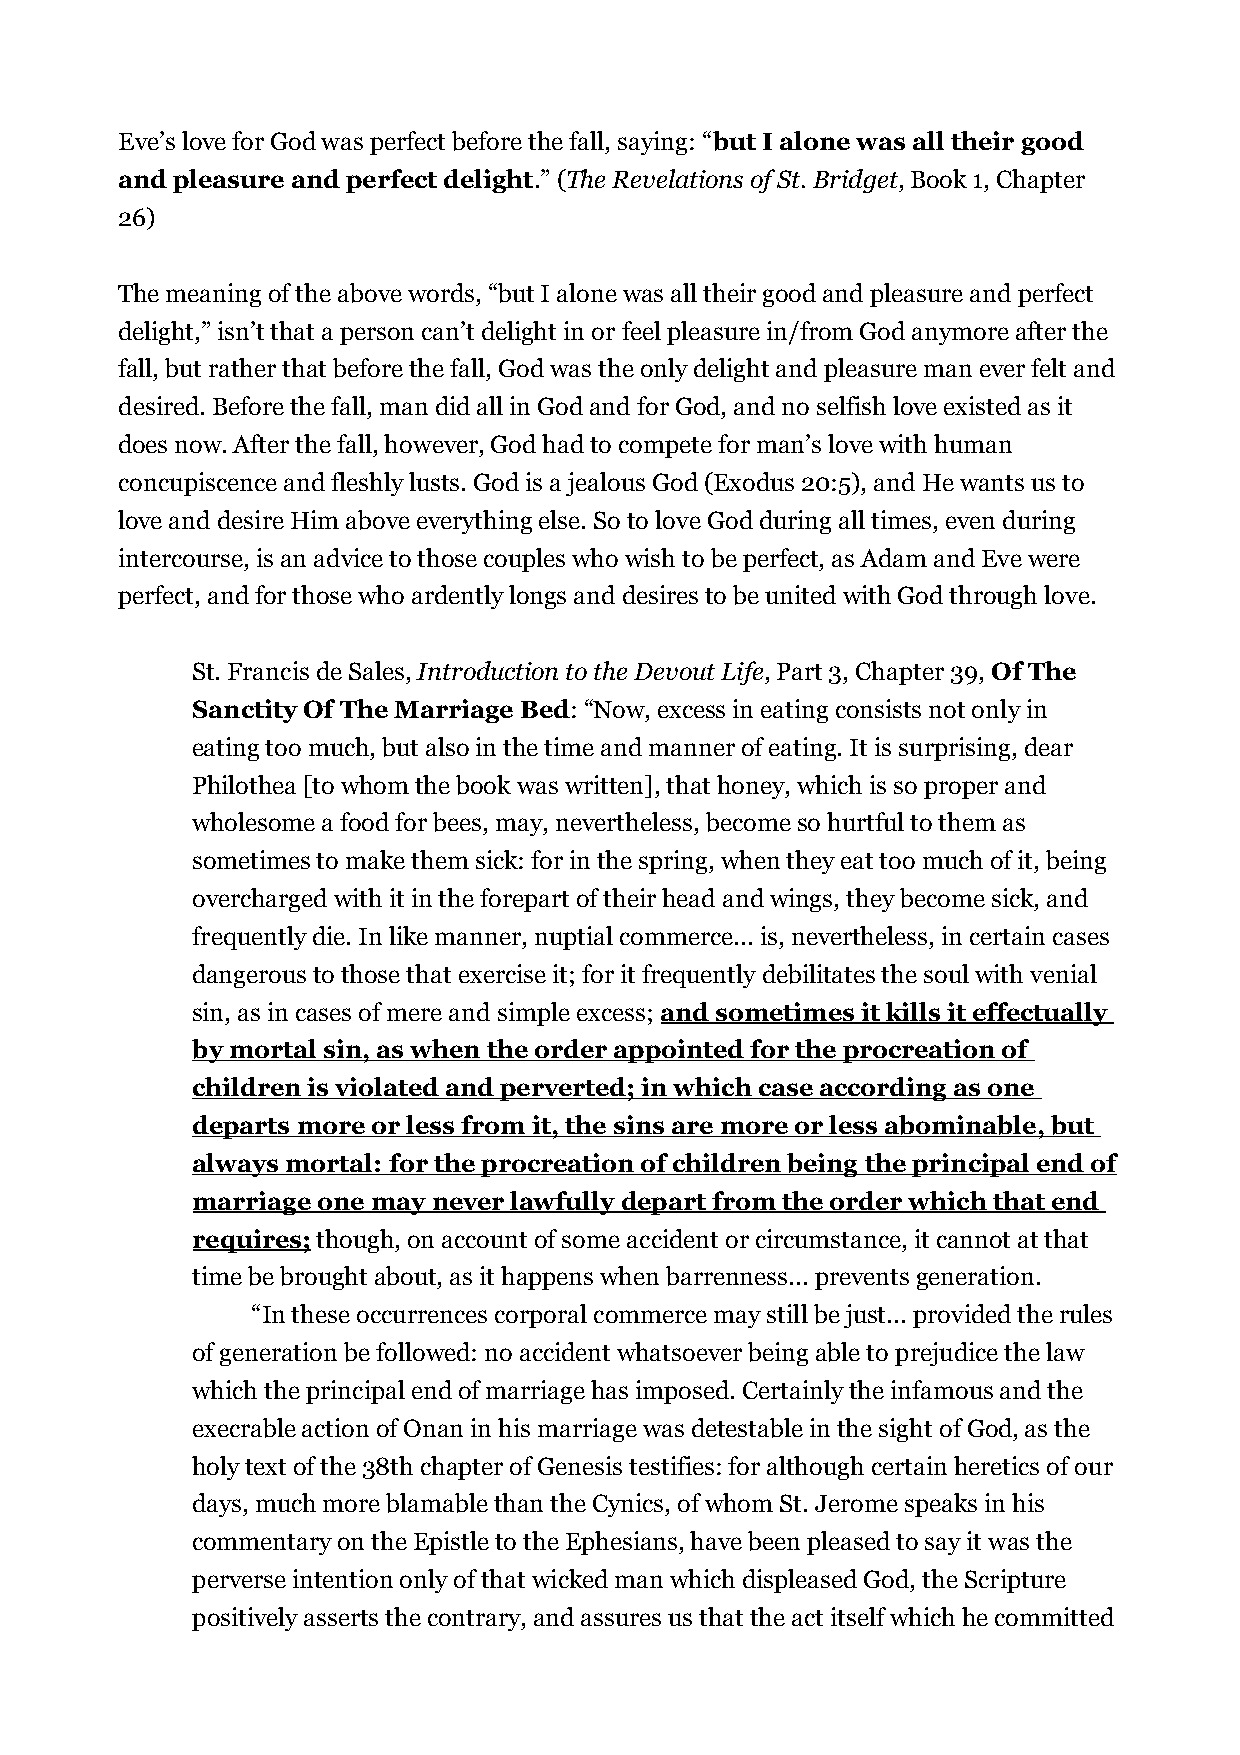
Eve’s love for God was perfect before the fall, saying: “but I alone was all their good
 and pleasure and perfect delight.” (The Revelations of St. Bridget, Book 1, Chapter
 26)
 The meaning of the above words, “but I alone was all their good and pleasure and perfect
 delight,” isn’t that a person can’t delight in or feel pleasure in/from God anymore after the
 fall, but rather that before the fall, God was the only delight and pleasure man ever felt and
 desired. Before the fall, man did all in God and for God, and no selfish love existed as it
 does now. After the fall, however, God had to compete for man’s love with human
 concupiscence and fleshly lusts. God is a jealous God (Exodus 20:5), and He wants us to
 love and desire Him above everything else. So to love God during all times, even during
 intercourse, is an advice to those couples who wish to be perfect, as Adam and Eve were
 perfect, and for those who ardently longs and desires to be united with God through love.
 St. Francis de Sales, Introduction to the Devout Life, Part 3, Chapter 39, Of The
 Sanctity Of The Marriage Bed: “Now, excess in eating consists not only in
 eating too much, but also in the time and manner of eating. It is surprising, dear
 Philothea [to whom the book was written], that honey, which is so proper and
 wholesome a food for bees, may, nevertheless, become so hurtful to them as
 sometimes to make them sick: for in the spring, when they eat too much of it, being
 overcharged with it in the forepart of their head and wings, they become sick, and
 frequently die. In like manner, nuptial commerce... is, nevertheless, in certain cases
 dangerous to those that exercise it; for it frequently debilitates the soul with venial
 sin, as in cases of mere and simple excess; and sometimes it kills it effectually
 by mortal sin, as when the order appointed for the procreation of
 children is violated and perverted; in which case according as one
 departs more or less from it, the sins are more or less abominable, but
 always mortal: for the procreation of children being the principal end of
 marriage one may never lawfully depart from the order which that end
 requires; though, on account of some accident or circumstance, it cannot at that
 time be brought about, as it happens when barrenness... prevents generation.
 “In these occurrences corporal commerce may still be just... provided the rules
 of generation be followed: no accident whatsoever being able to prejudice the law
 which the principal end of marriage has imposed. Certainly the infamous and the
 execrable action of Onan in his marriage was detestable in the sight of God, as the
 holy text of the 38th chapter of Genesis testifies: for although certain heretics of our
 days, much more blamable than the Cynics, of whom St. Jerome speaks in his
 commentary on the Epistle to the Ephesians, have been pleased to say it was the
 perverse intention only of that wicked man which displeased God, the Scripture
 positively asserts the contrary, and assures us that the act itself which he committed